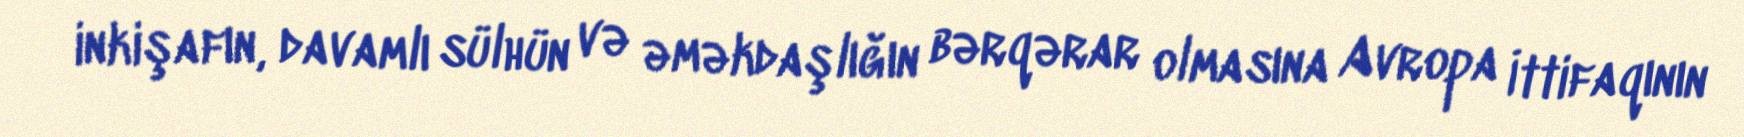
inkişafın, davamlı sülhün və əməkdaşlığın bərqərar olmasına Avropa İttifaqının